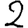
Digit: 2